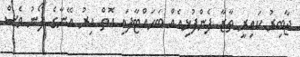
ޖާބިރު ކައިރީ ތާޒާ ފެންފުޅިއެއް ބަހައްޓާފައި އޮތް އިރު އޭނާގެ ފޯނު ވެސް